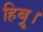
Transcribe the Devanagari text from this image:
हिब्रू।